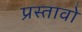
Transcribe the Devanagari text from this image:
प्रस्तावो